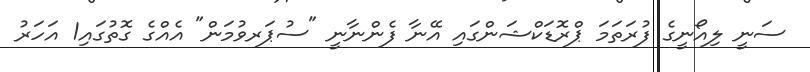
ސަނީ ލިއޯނީގެ ފުރަތަމަ ޕްރޮޑަކްޝަންގައި އޭނާ ފެންނާނީ "ސުޕަރވުމަން" އެއްގެ ގޮތުގައި1 އަހަރު